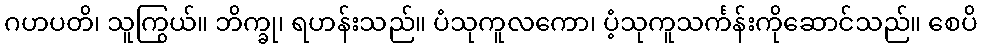
ဂဟပတိ၊ သူကြွယ်။ ဘိက္ခု၊ ရဟန်းသည်။ ပံသုကူလကော၊ ပံ့သုကူသင်္ကန်းကိုဆောင်သည်။ စေပိ